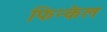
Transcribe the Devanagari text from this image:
फिन्केल